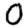
Digit: 0